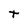
Character: t